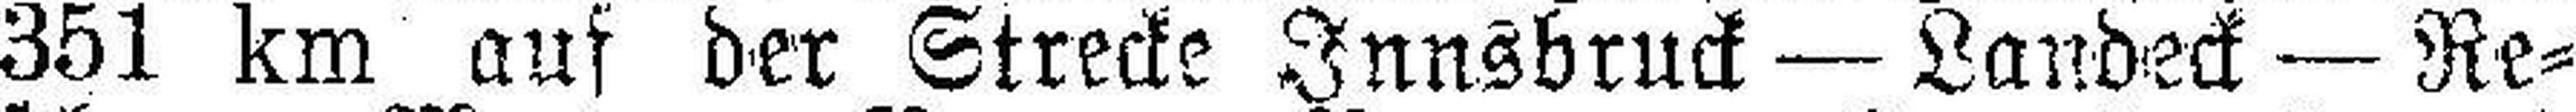
351 km auf der Strecke Innsbruck — Landeck — Re¬